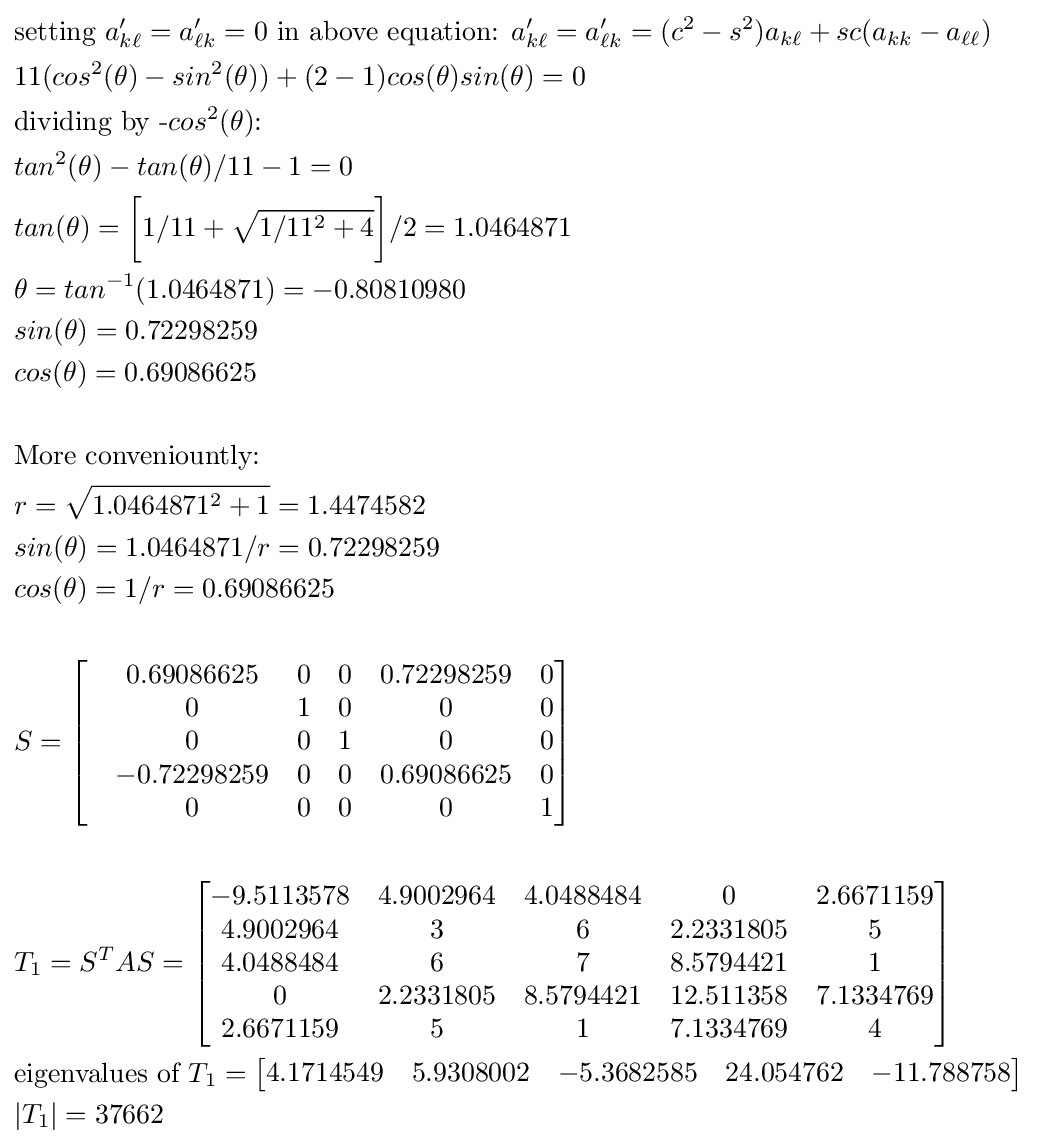
{\begin{aligned}&{\text{setting }}a'_{k\ell }=a'_{\ell k}=0{\text{ in above equation: }}a'_{k\ell }=a'_{\ell k}=(c^{2}-s^{2})a_{k\ell }+sc(a_{kk}-a_{\ell \ell })\,\!\\&11(cos^{2}(\theta )-sin^{2}(\theta ))+(2-1)cos(\theta )sin(\theta )=0\\&{\text{dividing by -}}cos^{2}(\theta ){\text{:}}\\&tan^{2}(\theta )-tan(\theta )/11-1=0\\&tan(\theta )={\bigg [}1/11+{\sqrt {1/11^{2}+4}}{\bigg ]}/2=1.0464871\\&\theta =tan^{-1}(1.0464871)=-0.80810980\\&sin(\theta )=0.72298259\\&cos(\theta )=0.69086625\\&\\&{\text{More conveniountly:}}\\&r={\sqrt {1.0464871^{2}+1}}=1.4474582\\&sin(\theta )=1.0464871/r=0.72298259\\&cos(\theta )=1/r=0.69086625\\&\\&S={\begin{bmatrix}&0.69086625&0&0&0.72298259&0\\&0&1&0&0&0\\&0&0&1&0&0\\&-0.72298259&0&0&0.69086625&0\\&0&0&0&0&1\\\end{bmatrix}}\\&\\&T_{1}=S^{T}AS={\begin{bmatrix}-9.5113578&4.9002964&4.0488484&0&2.6671159\\4.9002964&3&6&2.2331805&5\\4.0488484&6&7&8.5794421&1\\0&2.2331805&8.5794421&12.511358&7.1334769\\2.6671159&5&1&7.1334769&4\\\end{bmatrix}}\\&{\text{eigenvalues of }}T_{1}={\begin{bmatrix}4.1714549&5.9308002&-5.3682585&24.054762&-11.788758\end{bmatrix}}\\&|T_{1}|=37662\end{aligned}}